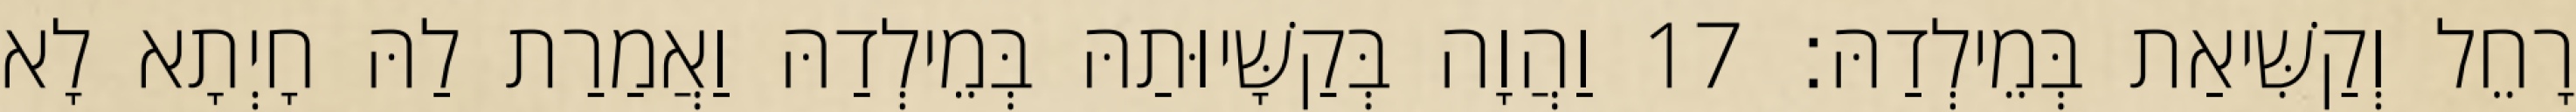
רָחֵל וְקַשִּׁיאַת בְּמֵילְדַהּ׃ 17 וַהֲוָה בְּקַשָּׁיוּתַהּ בְּמֵילְדַהּ וַאֲמַרַת לַהּ חָיְתָא לָא